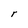
Character: r